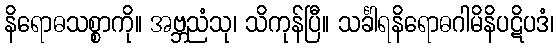
နိရောဓသစ္စာကို။ အဗ္ဘညံသု၊ သိကုန်ပြီ။ သင်္ခါရနိရောဓဂါမိနိပဋိပဒံ၊